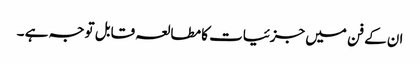
ان کے فن میں جزئیات کا مطالعہ قابل توجہ ہے ۔